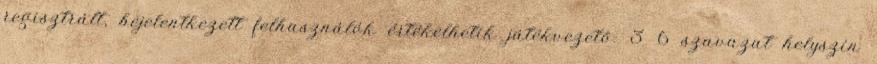
regisztrált, bejelentkezett felhasználók értékelhetik játékvezető: 3 6 szavazat helyszín